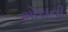
ગોરાની